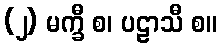
(၂) မက္ခီ စ၊ ပဠာသီ စ။